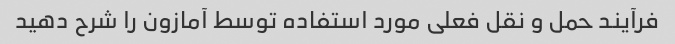
فرآیند حمل و نقل فعلی مورد استفاده توسط آمازون را شرح دهید